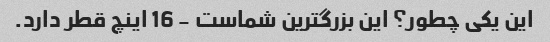
این یکی چطور؟ این بزرگترین شماست - 16 اینچ قطر دارد.